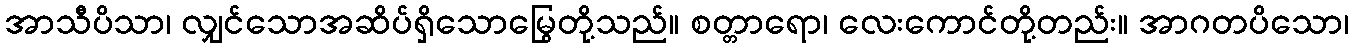
အာသီပိသာ၊ လျှင်သောအဆိပ်ရှိသောမြွေတို့သည်။ စတ္တာရော၊ လေးကောင်တို့တည်း။ အာဂတပိသော၊